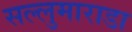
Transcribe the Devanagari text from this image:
सल्लुमाराडा